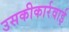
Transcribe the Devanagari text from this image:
उसकीकार्रवाई